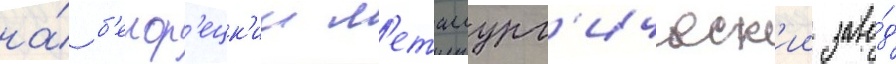
на́ б'елор'ецк'ии м'еталлург'ическ'ии заво́д